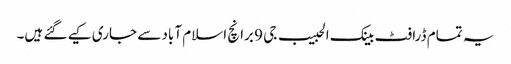
یہ تمام ڈرافٹ بینک الحبیب جی 9 برانچ اسلام آباد سے جاری کیے گئے ہیں۔